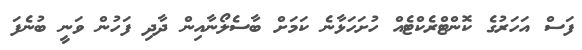
ފަސް އަހަރުގެ ކޮންޓްރެކްޓެއް ހުށަހަޅާނެ ކަމަށް ބާސެލޯނާއިން ދާދި ފަހުން ވަނީ ބުނެފަ